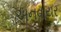
અનવાયર